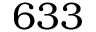
6 3 3